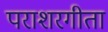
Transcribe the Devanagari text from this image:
पराशरगीता